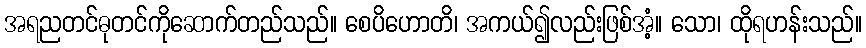
အရညတင်ဓုတင်ကိုဆောက်တည်သည်။ စေပိဟောတိ၊ အကယ်၍လည်းဖြစ်အံ့။ သော၊ ထိုရဟန်းသည်။